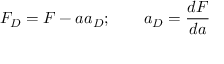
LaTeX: F _ { D } = F - a a _ { D } ; \qquad a _ { D } = \frac { d F } { d a }